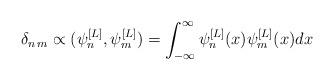
LaTeX: \begin{align*}\delta_{n\,m}\propto(\psi_n^{[L]},\psi_m^{[L]})=\int_{-\infty}^{\infty}\psi_n^{[L]}(x)\psi_m^{[L]}(x)dx\end{align*}